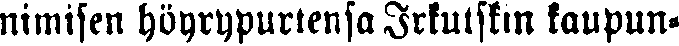
nimisen höyrypurtensa Irkutskin kaupun-